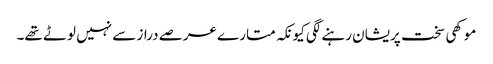
موکھی سخت پریشان رہنے لگی کیونکہ متارے عرصے دراز سے نہیں لوٹے تھے۔